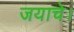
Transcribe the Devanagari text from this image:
जयाचे।